Lunatic asylums Punjab 1911-1921 - 1911-1921
Year: 1911
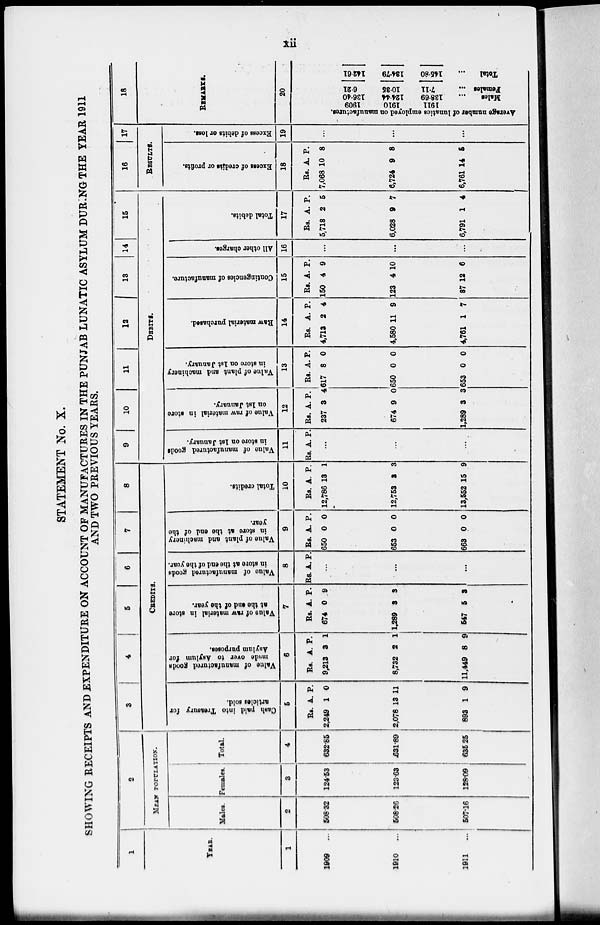
xii
STATEMENT No. X.
SHOWING RECEIPTS AND EXPENDITURE ON ACCOUNT OF MANUFACTURES IN THE PUNJAB LUNATIC ASYLUM DURING THE YEAR 1911
AND TWO PREVIOUS YEARS.
1
YEAR.
1
1909
...
1910
...
1911
...
2
MEAN POPULATION.
Males.
2
508.32
508.26
507.16
Females.
3
124.53
123.63
128.09
Total.
4
632.85
631.89
635.25
3
4
5
6
7
8
CREDITS.
Cash paid into Treasury for
articles sold.
5
Rs.
2,249
2,078
893
A.
1
13
1
P.
0
11
9
Value of manufactured goods
made
over to Asylum for
Asylum purposes.
6
Rs.
9,213
8,732
11,449
A.
3
2
8
P.
1
1
9
Value of raw material in store
at the end of the year.
7
Rs.
674
1,289
547
A.
0
3
5
P.
9
3
3
Value of manufactured goods
in store at the end of the year.
8
Rs. A. P.
...
...
...
Value of plant and machinery
in store at the end of the
year.
9
Rs.
650
653
663
A.
0
0
0
P.
0
0
0
Total credits.
10
Rs.
12,786
12,753
13,552
A.
13
3
15
P.
1
3
9
9
10
11
12
13
14
15
DEBITS.
Value of manufactured goods
in store on 1st January.
11
Rs. A. P.
...
...
...
Value of raw material in store
on 1st January.
12
Rs.
237
674
1,289
A.
3
9
3
P.
4
0
3
Value of plant and machinery
in store on 1st January.
13
Rs.
617
650
653
A.
8
0
0
P.
0
0
0
Raw material purchased.
14
Rs.
4,713
4,580
4,761
A.
2
11
1
P.
4
9
7
Contingencies of manufacture.
15
Rs.
150
123
87
A.
4
4
12
P.
9
10
6
All other charges.
16
...
...
...
Total debits.
17
Rs.
5,718
6,028
6,791
A.
2
9
1
P.
5
7
4
16
17
RESULTS.
Excess of credits or profits.
18
Rs.
7,068
6,724
6,761
A.
10
9
14
P.
8
8
5
Excess of debits or loss.
19
...
...
...
18
REMARKS.
20
Average number of lunatics employed on manufactures.
1909
1910
1911
136.40
124.44
138.69
Males ...
6.21
10.35
7.11
Females ...
142.61
134.79
145.80
Total
...